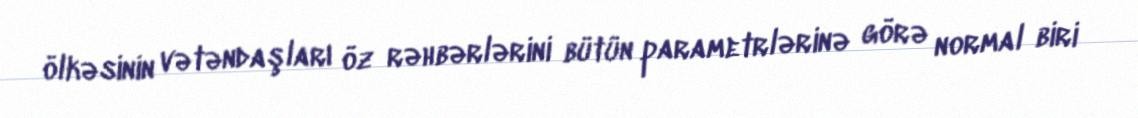
ölkəsinin vətəndaşları öz rəhbərlərini bütün parametrlərinə görə normal biri